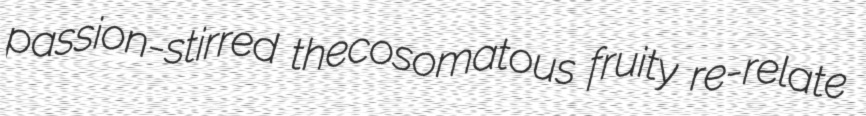
passion-stirred thecosomatous fruity re-relate